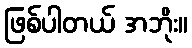
ဖြစ်ပါတယ် အဘိုး။